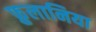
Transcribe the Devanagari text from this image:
फ्रुलानिया